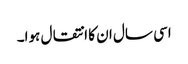
اسی سال ان کا انتقال ہوا۔